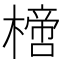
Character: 𣚌